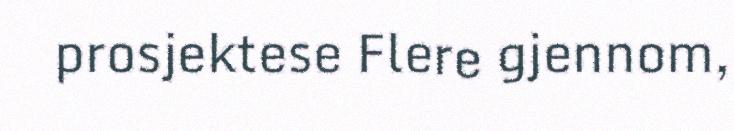
prosjektese Flere gjennom,